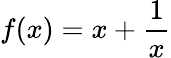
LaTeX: f(x)=x+{\frac{1}{x}}